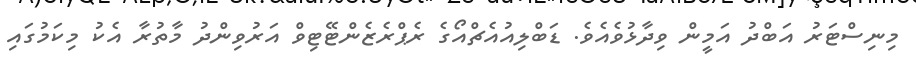
މިނިސްޓަރު އަބްދު އަމީން ވިދާޅުވެއެވެ. ޑަބްލިއުއެޗްއޯގެ ރެޕްރެޒެންޓޭޓިވް އަރުވިންދު މާތުރާ އެކު މިކަމުގައި